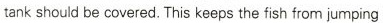
tank should be covered.This keeps the fish from jumping